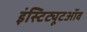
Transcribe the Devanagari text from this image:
इंस्टिट्यूटऑव